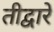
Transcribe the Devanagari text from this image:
तीद्वारे